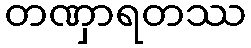
တဏှာရတဿ